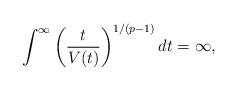
LaTeX: \begin{align*} \int^\infty \left( \frac{t}{V(t)} \right)^{1/(p-1)} dt = \infty, \end{align*}